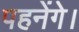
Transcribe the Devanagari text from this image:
पहनेंगे।